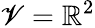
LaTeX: \mathscr{V}=\mathbb{{R}}^{2}